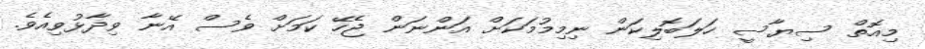
މިއޮތް ސިޔާސީ ހަލަބޮލިކަން ނިމިމުމަކަށް އަންނަން ޖެހޭ ކަމަށް ވެސް އޭނާ ވިދާޅުވިއެވެ.